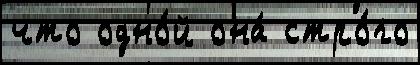
что одно́й она́ стро́го